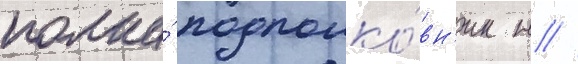
полка́ подполко́вн'ик н //